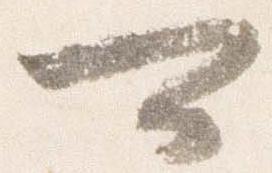
可